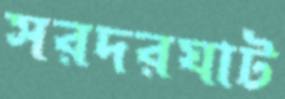
সরদরঘাট